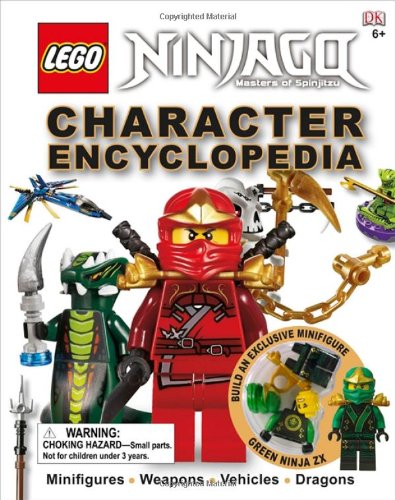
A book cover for LEGO NINJAGO: Character Encyclopedia; DK Publishing; Children's Books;